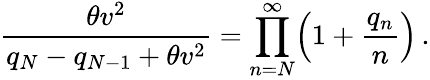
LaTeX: \displaystyle{\frac{\theta v^{2}}{q_{N}-q_{N-1}+\theta v^{2}}=\prod_{n=N}^{\infty}\Bigl(1+\frac{q_{n}}{n}\Bigr)}\, .